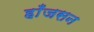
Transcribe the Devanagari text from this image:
हाँजसन